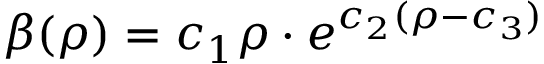
\beta ( \rho ) = c _ { 1 } \rho \cdot e ^ { c _ { 2 } ( \rho - c _ { 3 } ) }